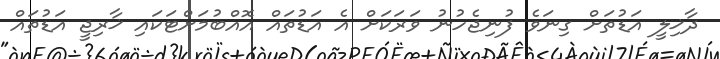
ދާޚިލީ އަޑުތަށް ގިނަވެ ފުނިޖެހުނު ވަރަކަށް އެ އަޑުތައް އޮއްބުމަށްޓަކައި ޚާރިޖީ އަޑުތައް